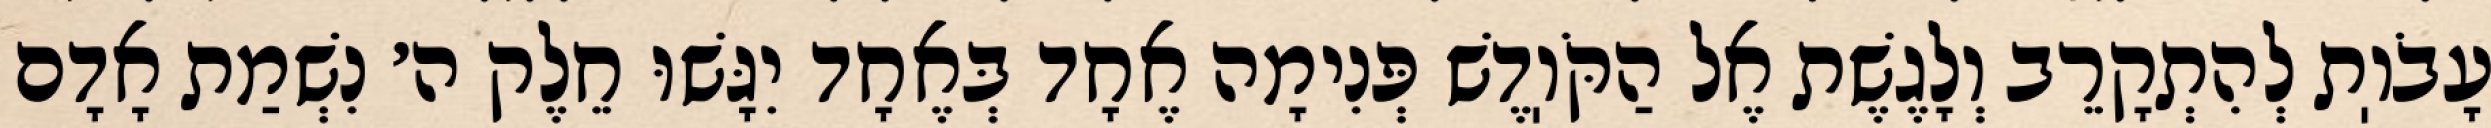
עָבֹוֽת לְהִתְקָרֵב וְלָגֶשֶׁת אֶל הַקֹּוֽדֶשׁ פְּנִימָה אֶחָד בְּאֶחָד יִגָּשׁוּ חֵלֶק ה׳ נִשְׁמַת אָדָם